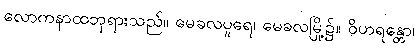
လောကနာထဘုရားသည်။ မေခလပူရေ၊ မေခလမြို့၌။ ဝိဟရန္တော၊